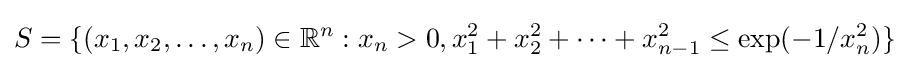
S=\{(x_{1},x_{2},\dots ,x_{n})\in \mathbb {R} ^{n}:x_{n}>0,x_{1}^{2}+x_{2}^{2}+\cdots +x_{n-1}^{2}\leq \exp(-1/x_{n}^{2})\}